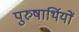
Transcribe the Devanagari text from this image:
पुरुषार्थियों